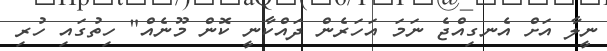
ނީލާ އަށް އެނގިއްޖެ ނަމަ އަހަރެން ދައްކާނީ ކޮން މޫނެއް" ހިތުގައި ހުރި